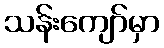
သန်းကျော်မှာ